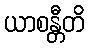
ယာစန္တီတိ